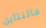
فالنتاين